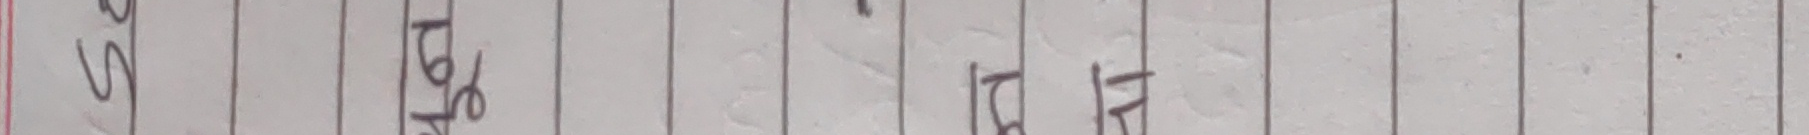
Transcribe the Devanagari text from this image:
समीक्षा गर